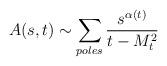
LaTeX: \begin{align*}A(s,t)\sim\sum_{poles}\frac{s^{\alpha(t)}}{t-M_{t}^{2}}\end{align*}